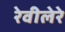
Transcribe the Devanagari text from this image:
रेवीलेरे